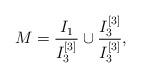
LaTeX: \begin{align*}M = \frac{I_1}{I_3^{[3]}} \cup \frac{I_3^{[3]}}{I_3^{[3]}},\end{align*}